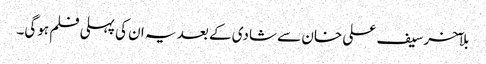
بلآخر سیف علی خان سے شادی کے بعد یہ ان کی پہلی فلم ہوگی۔